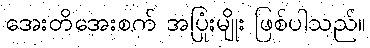
အေးတိအေးစက် အပြုံးမျိုး ဖြစ်ပါသည်။